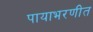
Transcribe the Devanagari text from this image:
पायाभरणीत